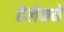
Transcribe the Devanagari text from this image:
हेलेनने